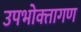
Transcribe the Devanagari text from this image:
उपभोक्‍तागण